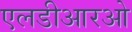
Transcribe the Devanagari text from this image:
एलडीआरओ